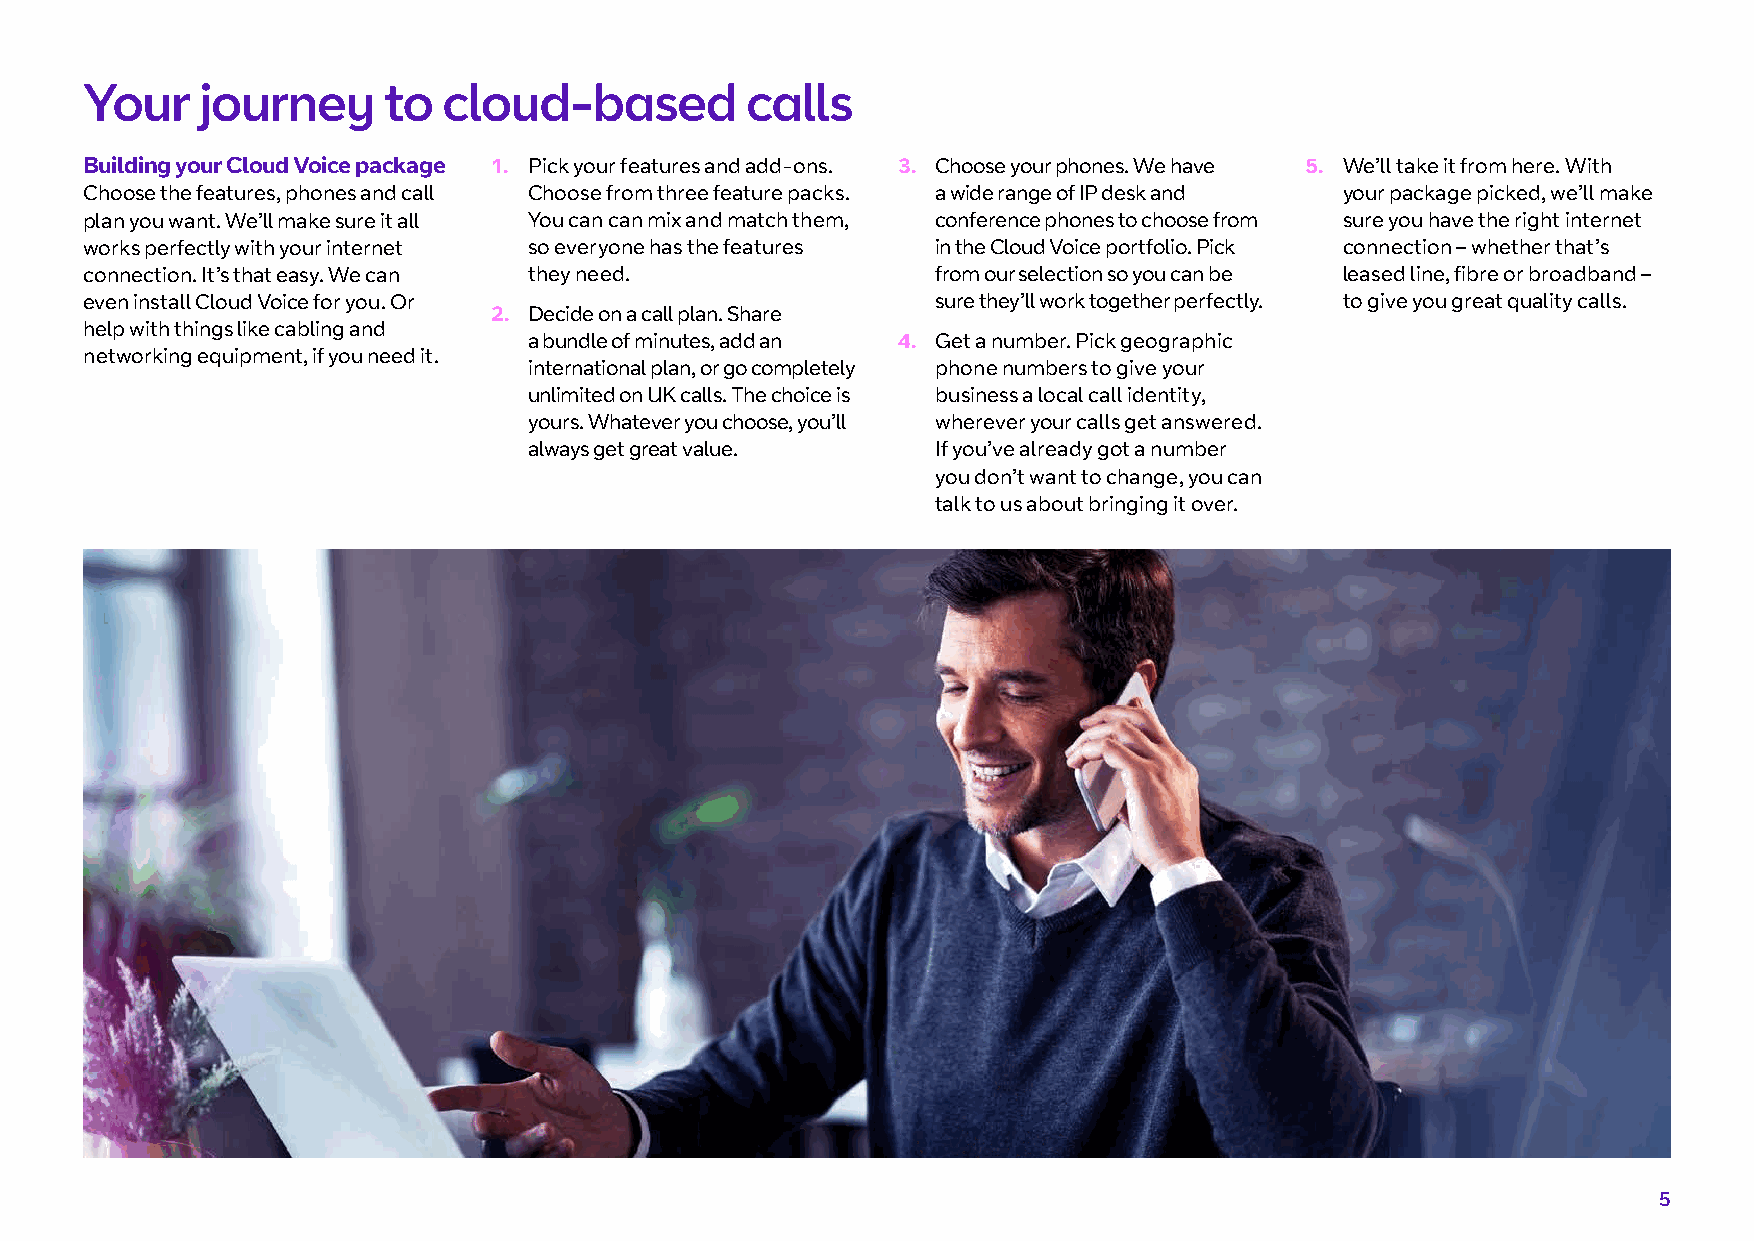
Your   journey     to  cloud-based         calls
 Building your Cloud Voice package 1. Pick your features and add-ons. 3. Choose your phones. We have 5. We’ll take it from here. With
 Choose the features, phones and call Choose from three feature packs. a wide range of IP desk and your package picked, we’ll make
 plan you want. We’ll make sure it all You can can mix and match them, conference phones to choose from sure you have the right internet
 works perfectly with your internet so everyone has the features in the Cloud Voice portfolio. Pick connection – whether that’s
 connection. It’s that easy. We can they need.           from our selection so you can be leased line, fibre or broadband –
 even install Cloud Voice for you. Or                    sure they’ll work together perfectly. to give you great quality calls.
 2. Decide on a call plan. Share
 help with things like cabling and
 a bundle of minutes, add an 4. Get a number. Pick geographic
 networking equipment, if you need it.
 international plan, or go completely phone numbers to give your
 unlimited on UK calls. The choice is business a local call identity,
 yours. Whatever you choose, you’ll wherever your calls get answered.
 always get great value.    If you’ve already got a number
 you don’t want to change, you can
 talk to us about bringing it over.
 5